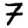
Digit: 7